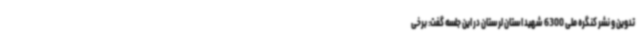
تدوین و نشر کنگره ملی 6300 شهید استان لرستان در این جلسه گفت: برخی